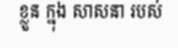
ខ្លួន ក្នុង សាសនា របស់